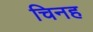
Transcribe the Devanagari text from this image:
चिनह